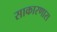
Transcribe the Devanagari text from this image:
साकारणारा